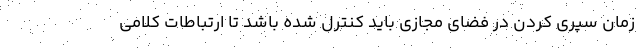
زمان سپری کردن در فضای مجازی باید کنترل شده باشد تا ارتباطات کلامی